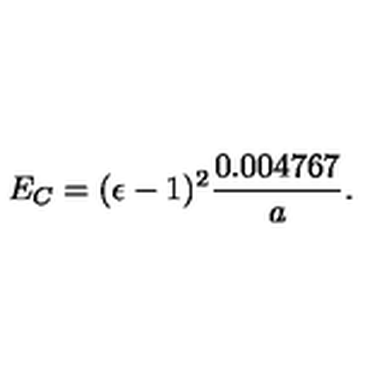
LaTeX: E _ { C } = ( \epsilon - 1 ) ^ { 2 } { \frac { 0 . 0 0 4 7 6 7 } { a } } .